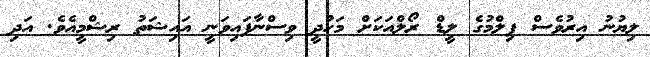
ލިޔުނު އިރުވެސް ފިލްމުގެ ލީޑް ރޯލްއަކަށް މަހުދީ ވިސްނާފައިވަނީ އައިޝަތު ރިޝްމީއެވެ. އަދި